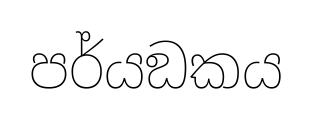
පර්යඞකය